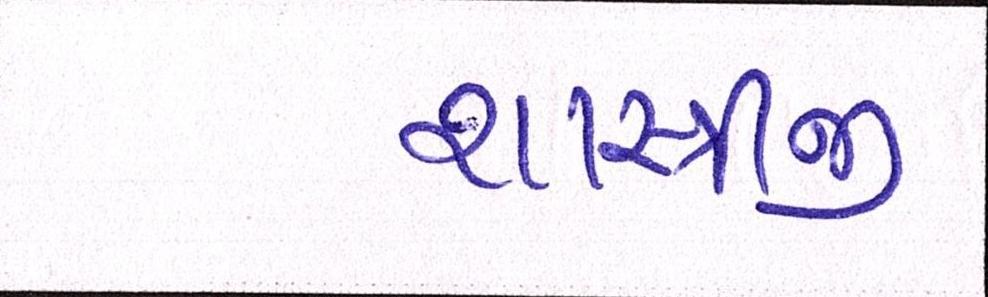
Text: શાસ્ત્રીજી